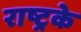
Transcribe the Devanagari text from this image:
राष्ट्रके